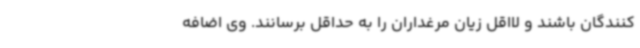
کنندگان باشند و لااقل زیان مرغداران را به حداقل برسانند. وی اضافه